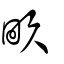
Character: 畂